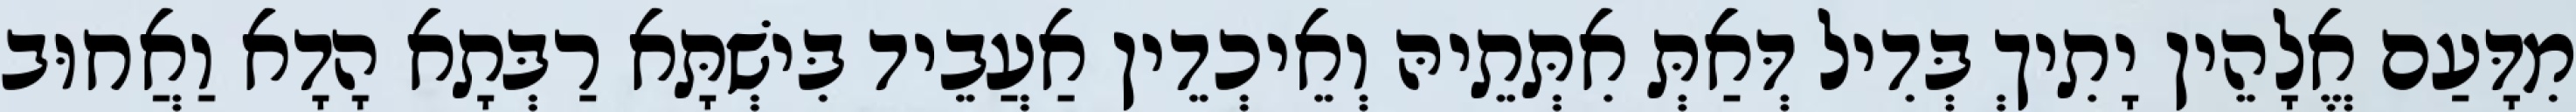
מִדָּעַם אֱלָהֵין יָתִיךְ בְּדִיל דְּאַתְּ אִתְּתֵיהּ וְאֵיכְדֵין אַעֲבֵיד בִּישְׁתָּא רַבְּתָא הָדָא וַאֲחוּב